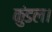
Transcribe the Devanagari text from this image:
कुंडल।